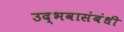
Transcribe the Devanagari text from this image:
उद्भवासंबंधी